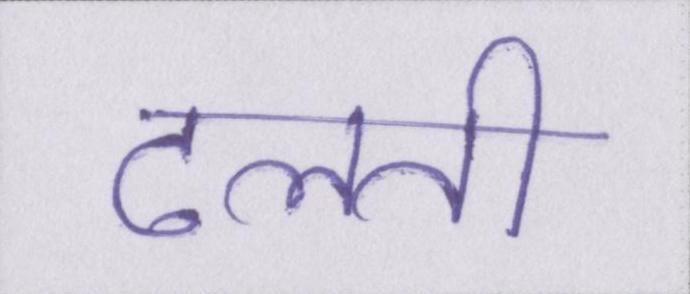
ढलती